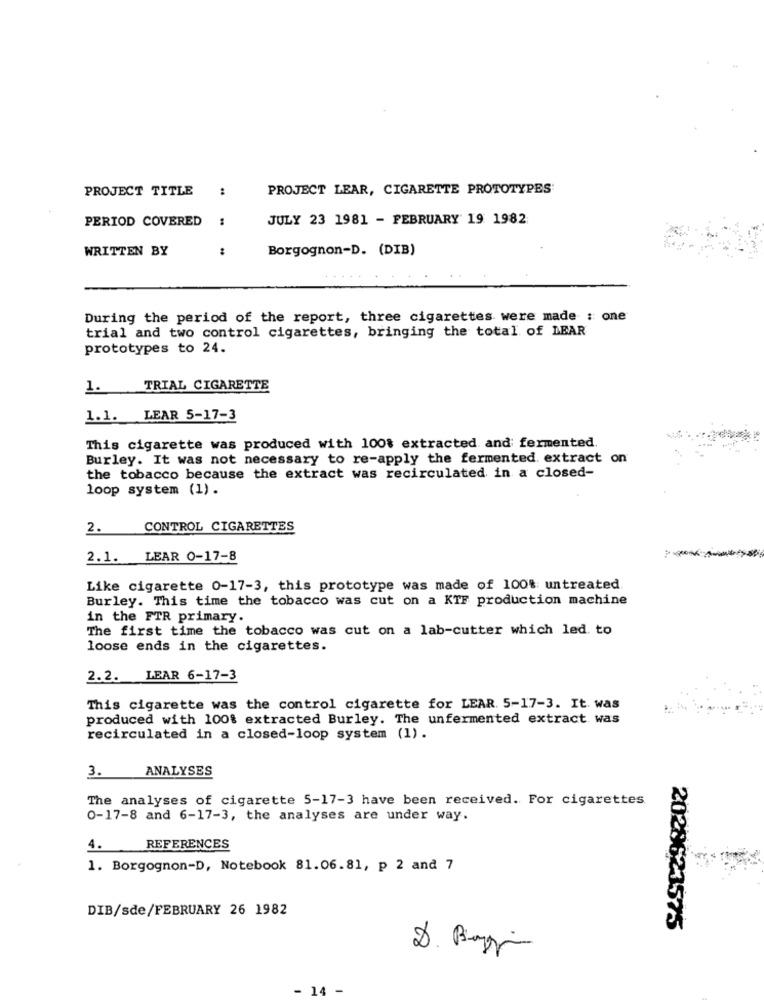
PROJECT TITLE
PROJECT LEAR, CIGARETTE PROTOTYPES
PERIOD COVERED
:
JULY 23 1981 - FEBRUARY 19 1982
WRITTEN BY
Borgognon-D. (DIB)
During the period of the report, three cigarettes were made : one
trial and two control cigarettes, bringing the total of LEAR
prototypes to 24.
1.
TRIAL CIGARETTE
1.1. LEAR 5-17-3
This cigarette was produced with 100% extracted and fermented.
Burley. It was not necessary to re-apply the fermented. extract on
the tobacco because the extract was recirculated in a closed-
loop system (1) .
2.
CONTROL CIGARETTES
2.1. LEAR 0-17-8
Like cigarette 0-17-3, this prototype was made of 100% untreated
Burley. This time the tobacco was cut on a KTF production machine
in the FTR primary.
The first time the tobacco was cut on a lab-cutter which led. to
loose ends in the cigarettes.
2.2. LEAR 6-17-3
This cigarette was the control cigarette for LEAR. 5-17-3. It. was
produced with 100% extracted Burley. The unfermented extract was
recirculated in a closed-loop system (1).
ANALYSES
3.
The analyses of cigarette 5-17-3 have been received. For cigarettes
0-17-8 and 6-17-3, the analyses are under way.
4.
REFERENCES
1. Borgognon-D, Notebook 81.06.81, p 2 and 7
DIB/sde/FEBRUARY 26 1982
2028623575
- 14 -